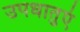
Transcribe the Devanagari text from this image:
उपधातुएं